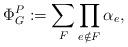
LaTeX: \begin{align*}\Phi^P_G:=\sum_F \prod_{e\notin F} \alpha_e ,\end{align*}